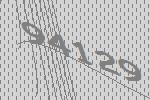
94129